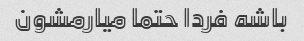
باشه فردا حتما میارمشون